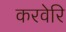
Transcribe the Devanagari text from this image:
करवेरि